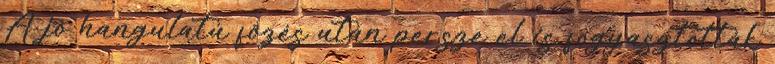
A jó hangulatú főzés után persze el is fogyasztották